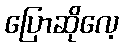
ပြောဆိုလေ့